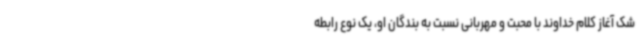
شک آغاز کلام خداوند با محبت و مهربانی نسبت به بندگان او، یک نوع رابطه